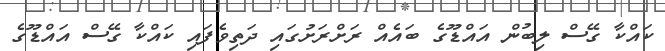
ކައްކާ ގޭސް ލިބުން އައްޑޫގެ ބައެއް ރަށްރަށުގައި ދަތިވެފައި ކައްކާ ގޭސް އައްޑޫގެ